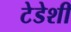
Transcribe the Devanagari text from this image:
टेडेशी